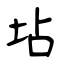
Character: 坫